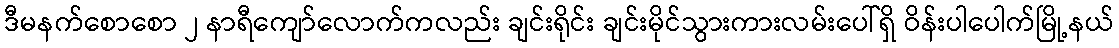
ဒီမနက်စောစော ၂ နာရီကျော်လောက်ကလည်း ချင်းရိုင်း ချင်းမိုင်သွားကားလမ်းပေါ်ရှိ ဝိန်းပါပေါက်မြို့နယ်